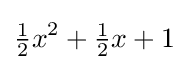
{\tfrac {1}{2}}x^{2}+{\tfrac {1}{2}}x+1